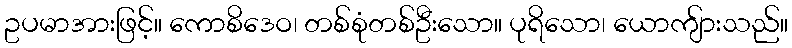
ဥပမာအားဖြင့်။ ကောစိဒေဝ၊ တစ်စုံတစ်ဦးသော။ ပုရိသော၊ ယောကျ်ားသည်။